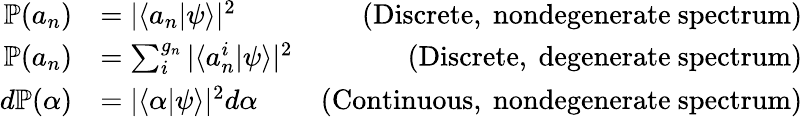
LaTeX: {\begin{array}{rlr}{\mathbb{P}(a_{n})}&{=|\langle a_{n}|\psi\rangle|^{2}}&{{\mathrm{(Discrete,~nondegenerate~spectrum)}}}\\ {\mathbb{P}(a_{n})}&{=\sum_{i}^{g_{n}}|\langle a_{n}^{i}|\psi\rangle|^{2}}&{{\mathrm{(Discrete,~degenerate~spectrum)}}}\\ {d\mathbb{P}(\alpha)}&{=|\langle\alpha|\psi\rangle|^{2}d\alpha}&{{\mathrm{(Continuous,~nondegenerate~spectrum)}}}\end{array}}